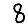
Digit: 8